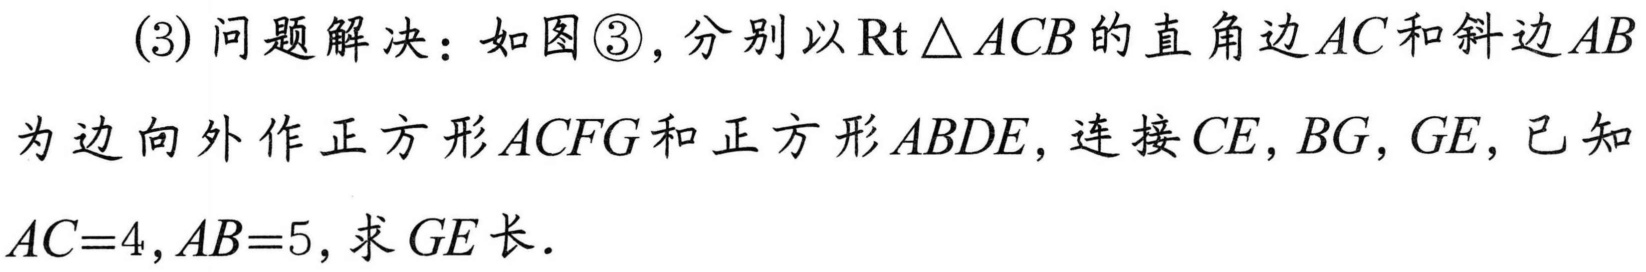
(3) 问题解决：如图\textcircled{3}，分别以\(\text{Rt}\triangle ACB\)的直角边\(AC\)和斜边\(AB\)
为边向外作正方形\(ACFG\)和正方形\(ABDE\)，连接\(CE\)，\(BG\)，\(GE\)，已知
\(AC = 4\)，\(AB = 5\)，求\(GE\)长.